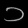
Digit: ၁